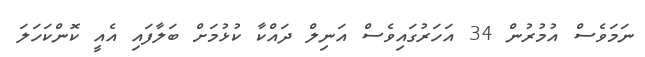
ނަމަވެސް އުމުރުން 34 އަހަރުގައިވެސް އަނިލް ދައްކާ ކުޅުމަށް ބަލާފައި އެއީ ކޮންކަހަލަ